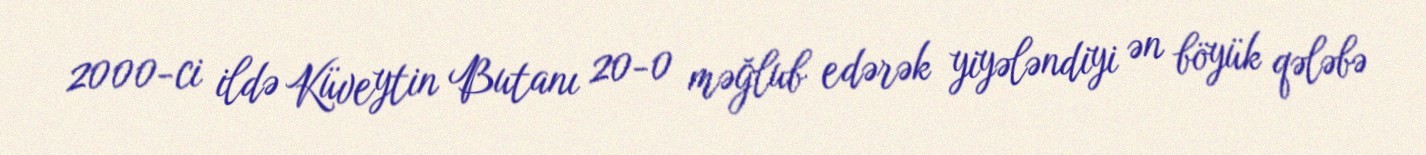
2000-ci ildə Küveytin Butanı 20-0 məğlub edərək yiyələndiyi ən böyük qələbə